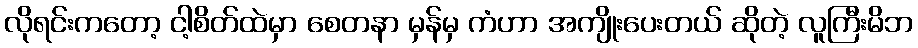
လိုရင်းကတော့ ငါ့စိတ်ထဲမှာ စေတနာ မှန်မှ ကံဟာ အကျိုးပေးတယ် ဆိုတဲ့ လူကြီးမိဘ